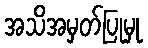
အသိအမှတ်ပြုမှု